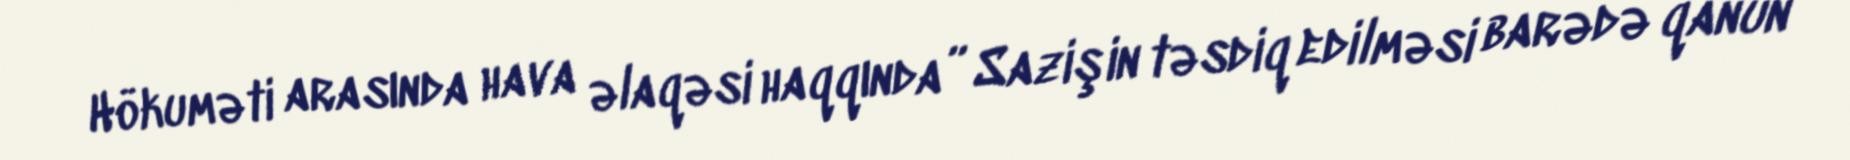
Hökuməti arasında hava əlaqəsi haqqında” Sazişin təsdiq edilməsi barədə qanun